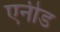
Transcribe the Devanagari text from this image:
एनीड